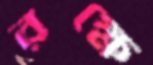
রক্ষে